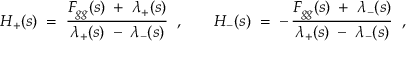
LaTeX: H _ { + } ( s ) \; = \; \frac { F _ { g g } ( s ) \; + \; \lambda _ { + } ( s ) } { \lambda _ { + } ( s ) \; - \; \lambda _ { - } ( s ) } \; \; , \; \; \; \; \; \; \; H _ { - } ( s ) \; = \; - \, \frac { F _ { g g } ( s ) \; + \; \lambda _ { - } ( s ) } { \lambda _ { + } ( s ) \; - \; \lambda _ { - } ( s ) } \; \; ,